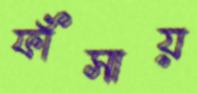
ফাঁসায়